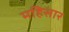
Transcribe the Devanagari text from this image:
महिसार